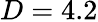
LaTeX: D=4.2